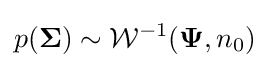
p({\boldsymbol {\Sigma }})\sim {\mathcal {W}}^{-1}({\boldsymbol {\Psi }},n_{0})